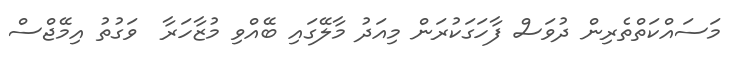
މަސައްކަތްތެރިން ދުވަސް ފާހަގަކުރަން މިއަދު މާލޭގައި ބޭއްވި މުޒާހަރާ  ވަގުތު އިމޭޖްސް